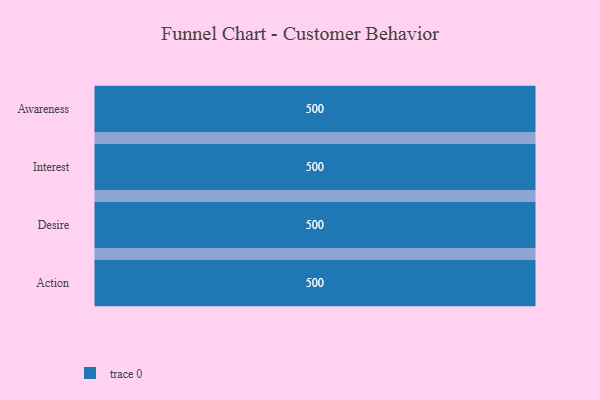
{"axis": {"x": "Stage", "y": "Value"}, "legend": [""], "data": [{"x": "Awareness", "y": 500, "type": ""}, {"x": "Interest", "y": 500, "type": ""}, {"x": "Desire", "y": 500, "type": ""}, {"x": "Action", "y": 500, "type": ""}]}